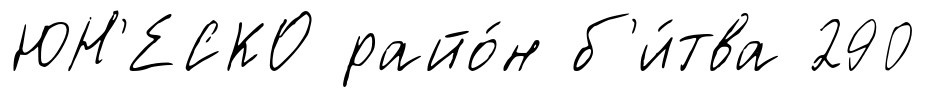
ЮН'ЕСКО райо́н б'и́тва 290